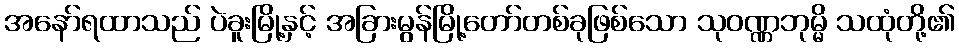
အနော်ရထာသည် ပဲခူးမြို့နှင့် အခြားမွန်မြို့တော်တစ်ခုဖြစ်သော သုဝဏ္ဏဘုမ္မိ သထုံတို့၏